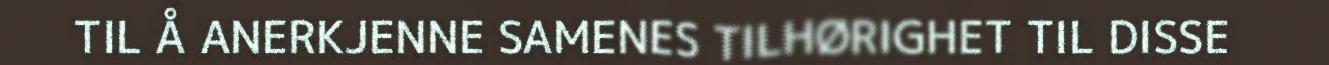
TIL Å ANERKJENNE SAMENES TILHØRIGHET TIL DISSE